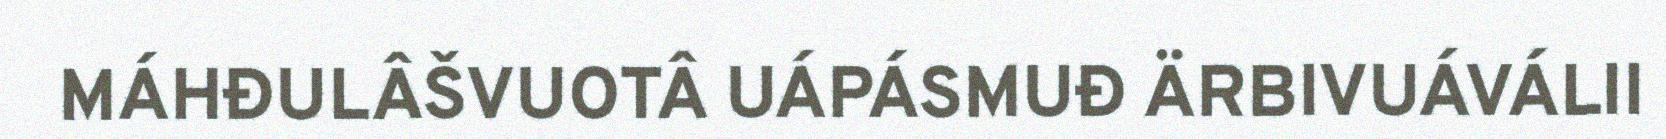
MÁHĐULÂŠVUOTÂ UÁPÁSMUĐ ÄRBIVUÁVÁLII